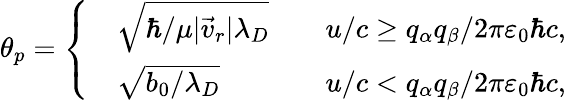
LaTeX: {\theta}_{p}=\left\{ \begin{array}{rlr}&{\sqrt{\hbar/\mu|\vec{v}_{r}|\lambda_{D}}\quad}&{u/c\ge q_{\alpha}q_{\beta}/2\pi\varepsilon_{0}\hbar c,}\\ &{\sqrt{b_{0}/\lambda_{D}}\quad}&{u/c<q_{\alpha}q_{\beta}/2\pi\varepsilon_{0}\hbar c,}\end{array}\right.